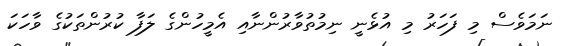
ނަމަވެސް މި ފަހަރު މި އުޅެނީ ނިމުތުވާރުންނާއި އެމީހުންގެ ލަފާ ކުރުންތަކުގެ ވާހަކަ